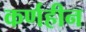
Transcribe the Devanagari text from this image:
कर्णहीन